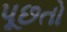
પૂછતો